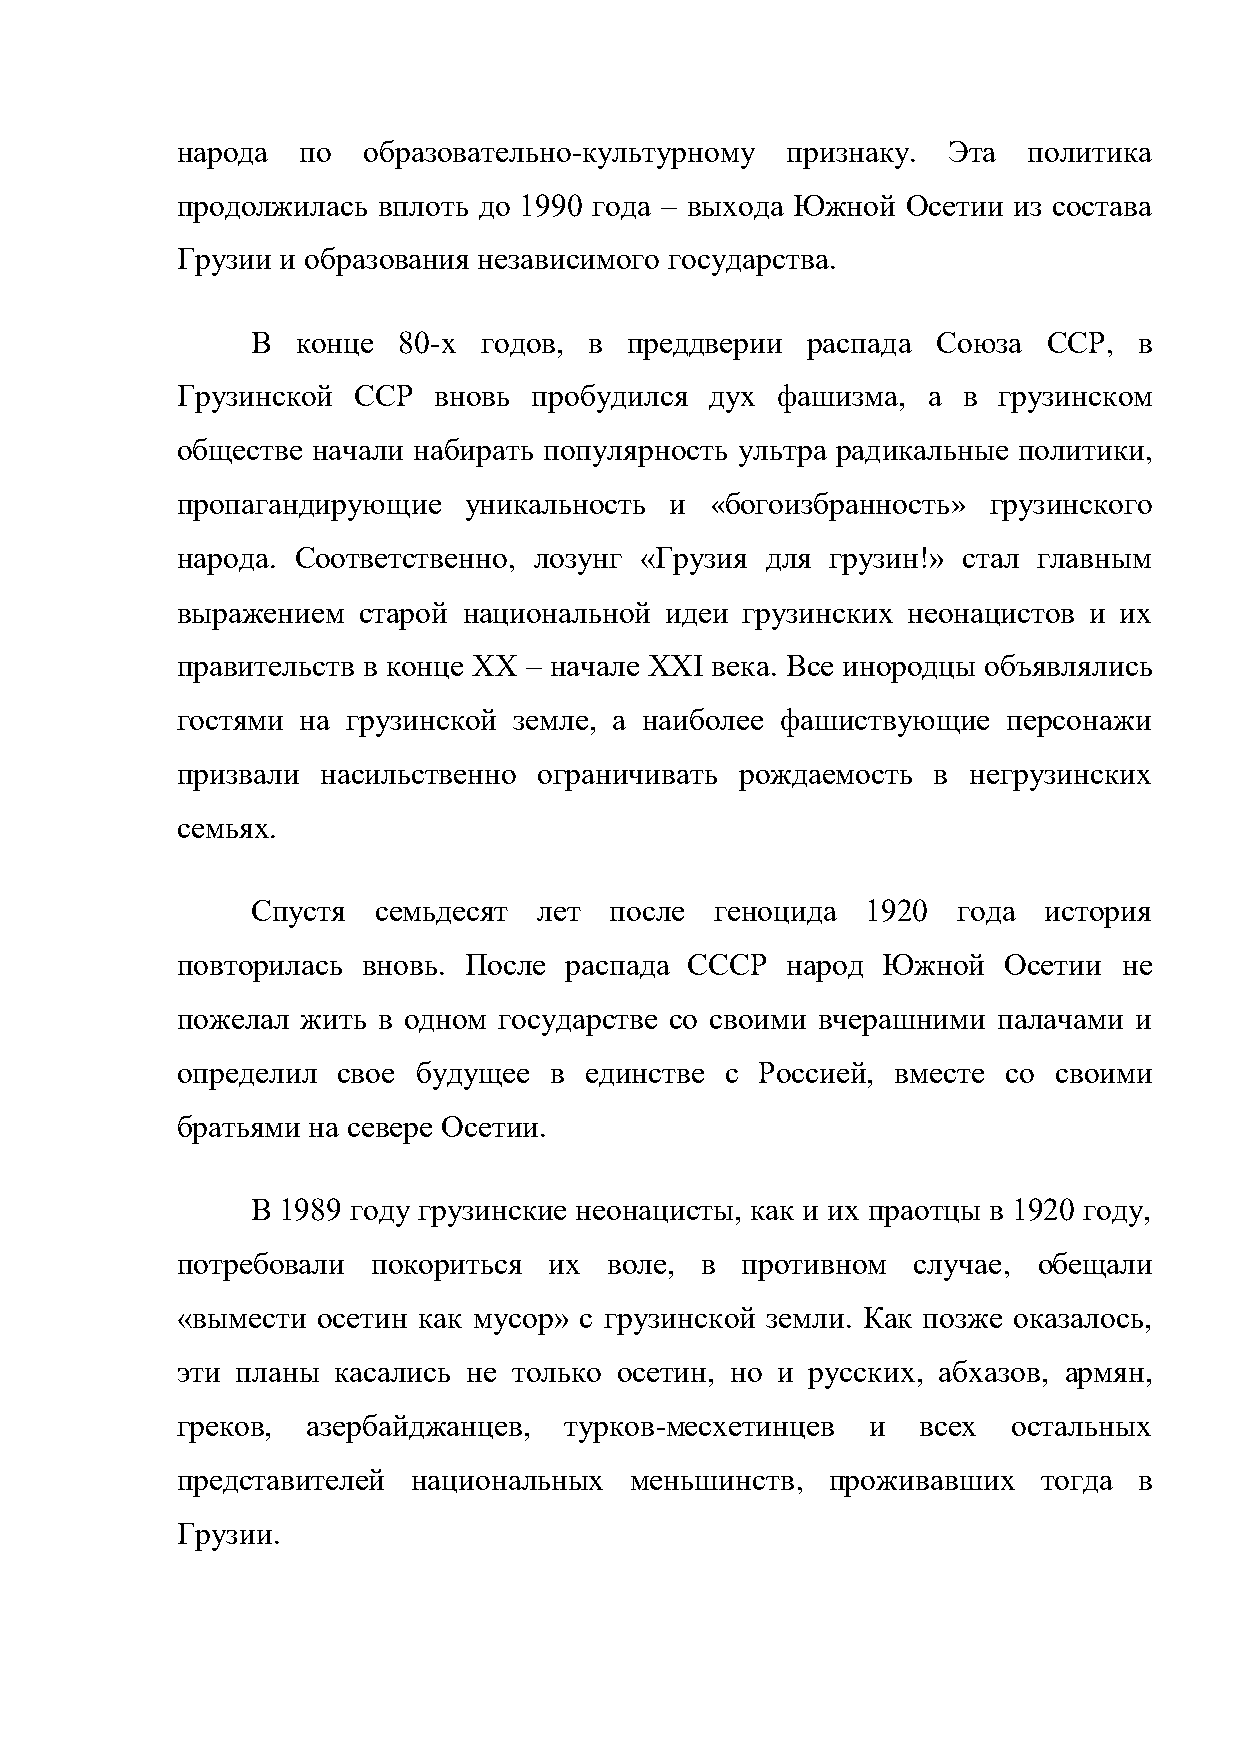
народа  по  образовательно-культурному  признаку.  Эта  политика
 продолжилась вплоть до 1990 года – выхода Южной Осетии из состава
 Грузии и образования независимого государства.
 В  конце 80-х  годов, в преддверии  распада  Союза  ССР,  в
 Грузинской ССР   вновь пробудился  дух фашизма,  а  в грузинском
 обществе начали набирать популярность ультра радикальные политики,
 пропагандирующие   уникальность и  «богоизбранность» грузинского
 народа. Соответственно, лозунг «Грузия для грузин!» стал главным
 выражением  старой национальной идеи грузинских неонацистов и их
 правительств в конце XX – начале XXI века. Все инородцы объявлялись
 гостями на грузинской земле, а наиболее фашиствующие   персонажи
 призвали насильственно  ограничивать рождаемость  в негрузинских
 семьях.
 Спустя  семьдесят  лет после  геноцида  1920  года  история
 повторилась вновь. После распада СССР   народ Южной    Осетии не
 пожелал жить в одном государстве со своими вчерашними палачами и
 определил свое  будущее в  единстве с Россией, вместе  со своими
 братьями на севере Осетии.
 В 1989 году грузинские неонацисты, как и их праотцы в 1920 году,
 потребовали  покориться их  воле, в  противном  случае,  обещали
 «вымести осетин как мусор» с грузинской земли. Как позже оказалось,
 эти планы касались не только осетин, но и русских, абхазов, армян,
 греков, азербайджанцев,  турков-месхетинцев   и  всех  остальных
 представителей национальных   меньшинств,  проживавших   тогда в
 Грузии.